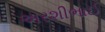
અરશીભાઈ